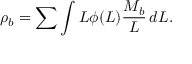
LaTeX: \rho _ { b } = \sum \int L \phi ( L ) { \frac { M _ { b } } { L } } \, d L .